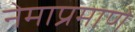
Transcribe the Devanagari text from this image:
नेमाप्रमाणे